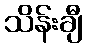
သိန်းချီ